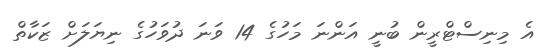
އެ މިނިސްޓްރީން ބުނީ އަންނަ މަހުގެ 14 ވަނަ ދުވަހުގެ ނިޔަލަށް ޒަކާތް